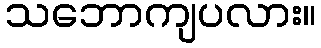
သဘောကျပလား။